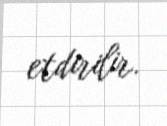
etdirilir.